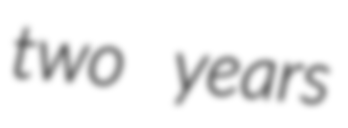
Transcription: two years